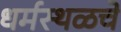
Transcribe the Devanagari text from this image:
धर्मस्थळचे